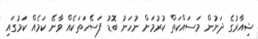
ޝިއާރުގެ ދަށުން މަސައްކަތް ކުރުމަށް ނުހަނު ބޮޑު ފަސޭހަތަކެއް ވާނޭ ކަމެއް ކަމުގައި